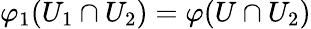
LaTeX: \varphi_{1}(U_{1}\cap U_{2})=\varphi(U\cap U_{2})